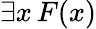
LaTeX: \exists x\, F(x)